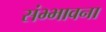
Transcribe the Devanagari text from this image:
संभ्भावना